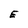
Character: E